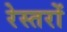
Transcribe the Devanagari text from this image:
रेस्तरों